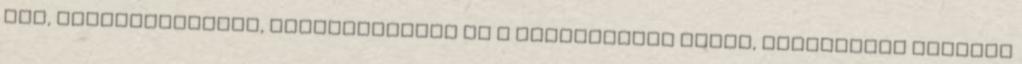
sőt, százmillióknak, milliárdoknak ez a hétköznapok része, rendkívüli esemény